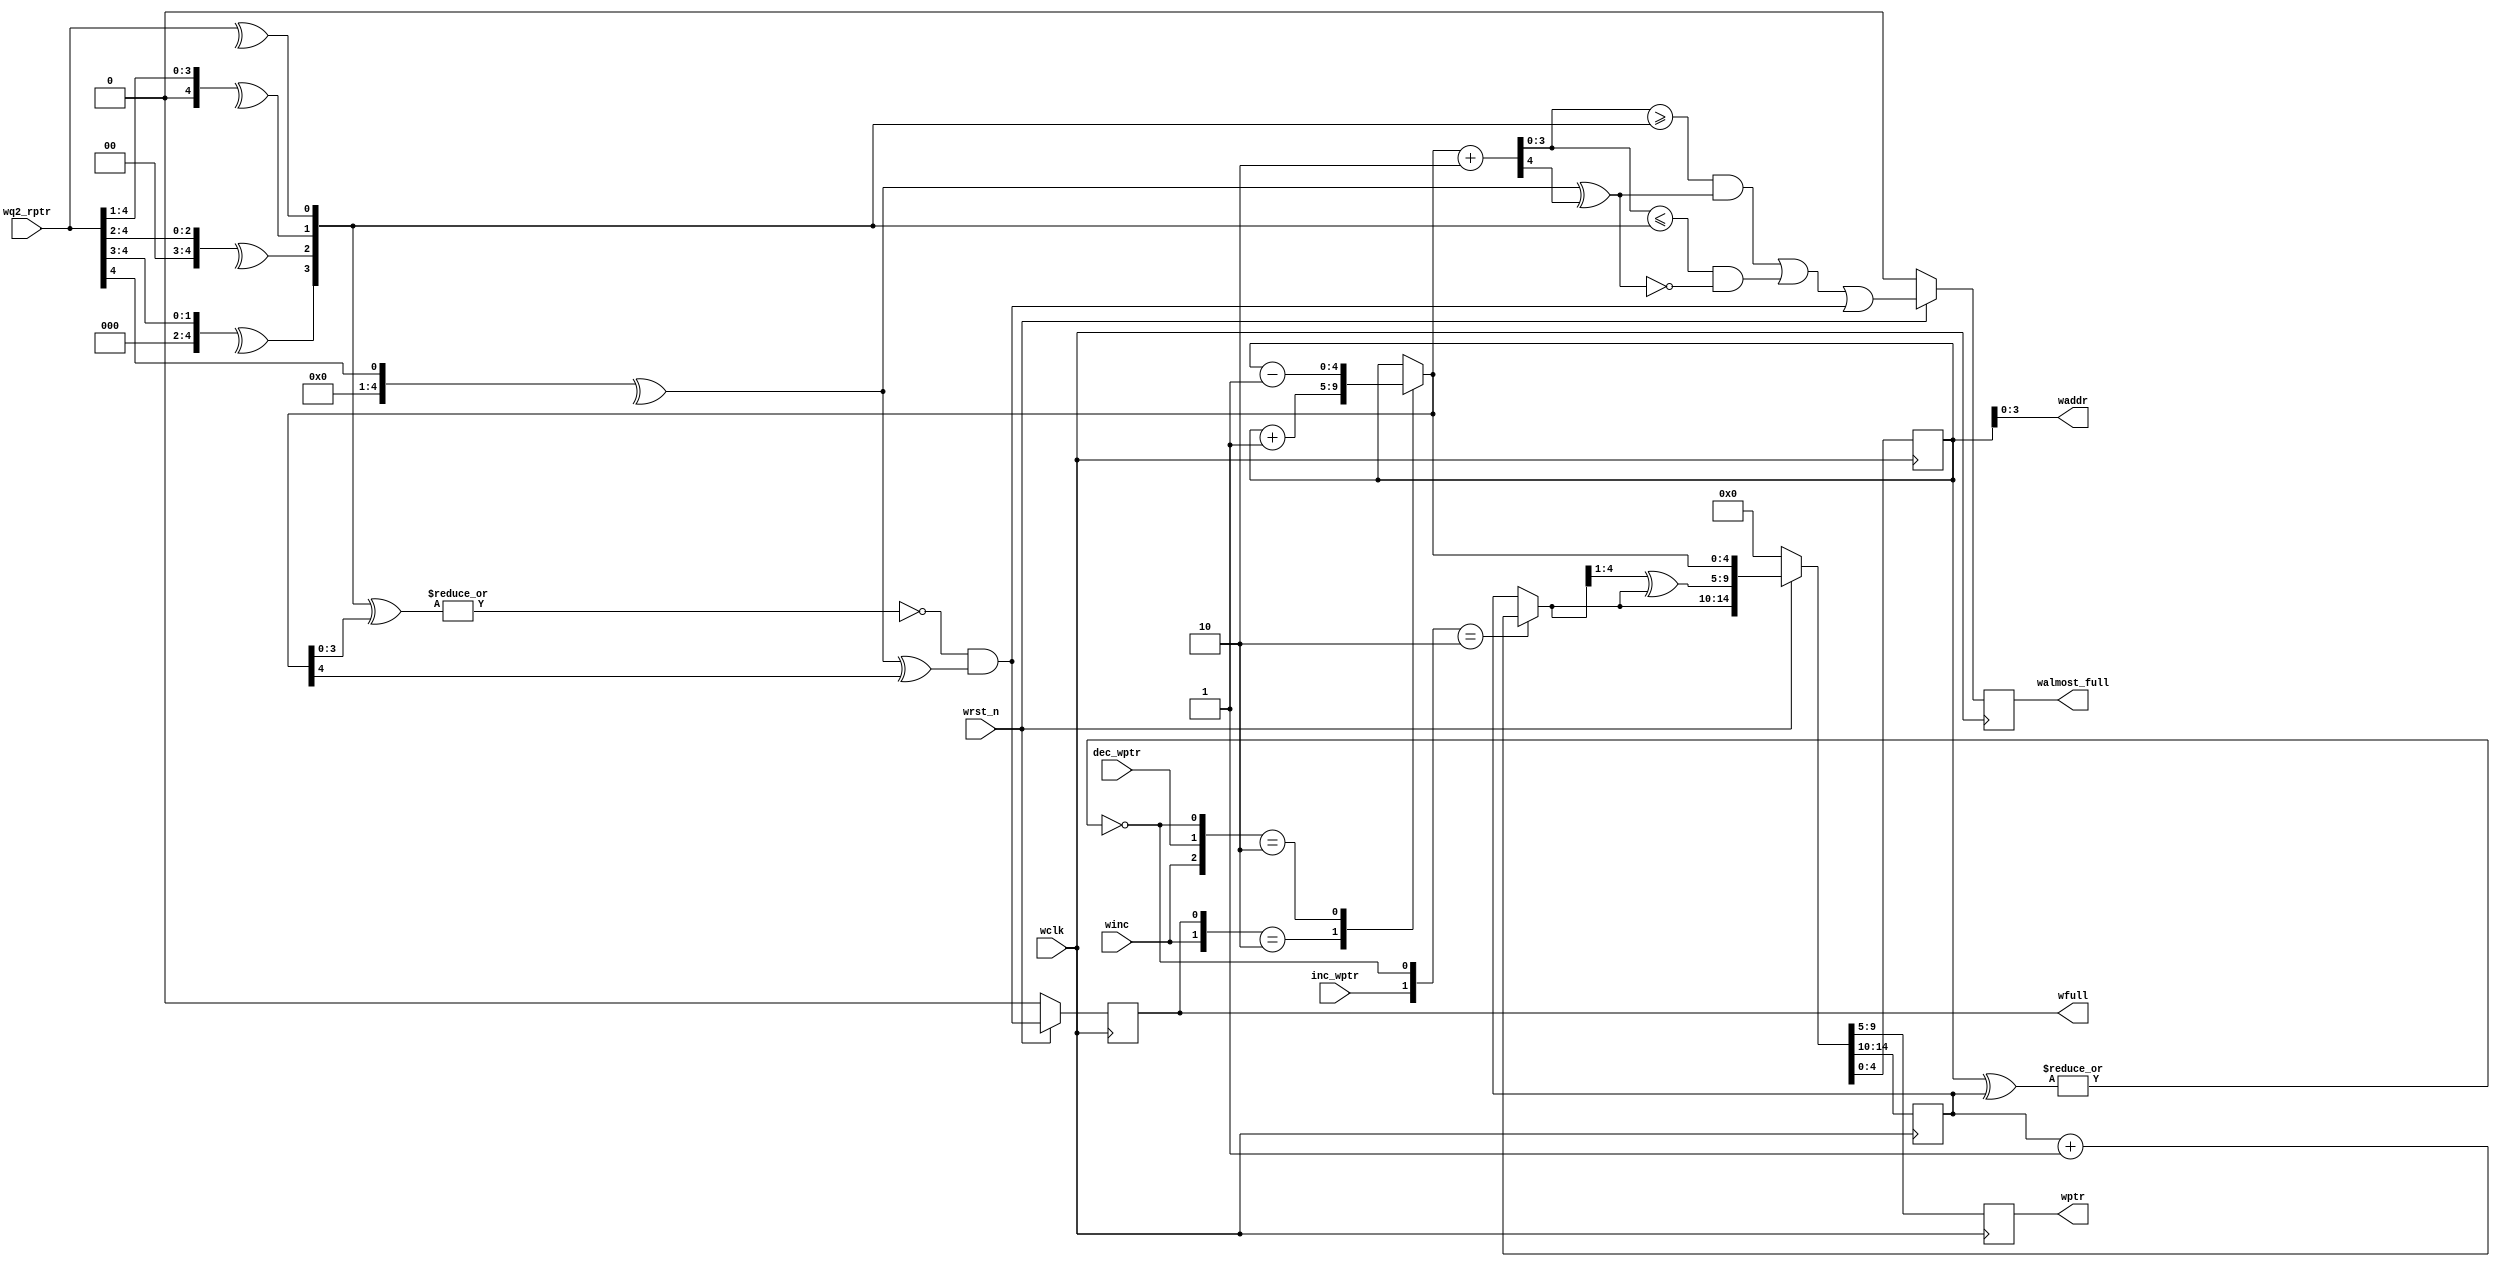
/*
 * Copyright (c) 2017 
 * All rights reserved.
 * 
 * - Computer Architecture Group, University of Heidelberg
 * 		Markus Mueller <markus.mueller@ziti.uni-heidelberg.de>
 * - EXTOLL GmbH
 * 		Mondrian Nueslle <mondrian.nuessle@extoll.de>
 * 
 * This file is confidential and may not be distributed.
 * 
 * Usage granted for the assignments of the "Design Digitaler Schlatkreise" Lecture,
 * ADL Group, University of Karlsruhe (KIT)
 * 
 * For other usages, please contact the Copyright holders for permission.
 *
 * 
 *
 * University of Heidelberg
 * Computer Architecture Group
 * B6 26
 * 68131 Mannheim
 * Germany
 * http://www.ra.ziti.uni-heidelberg.de
 *
 */ 
`default_nettype none

module full_logic_spec_shift_in_1_inc #(
		parameter ASIZE				= 4,
		parameter HANDSHAKE			= 0,
		parameter ALMOST_FULL_THRES	= 2
	) (
		input wire				winc, wclk, wrst_n,
		input wire [ASIZE:0]	wq2_rptr,
		input wire				inc_wptr,
		input wire				dec_wptr,
		output reg				wfull,
		output reg				walmost_full,
		output reg [ASIZE:0]	wptr,
		output wire [ASIZE-1:0]	waddr
	);

	reg [ASIZE:0]				wbin, wbin_next;
	reg [ASIZE:0]				wbin_tmp, wbin_tmp_next;

	wire						no_spec_val;
	wire						wfull_w;
	wire [ASIZE:0]				conv_rptr_w;

	genvar						j;

	// check whether speculative data is present or not
	assign no_spec_val	= ~(|(wbin_tmp ^ wbin));
	assign waddr		= wbin_tmp[ASIZE-1:0];
	// calculate next full value
	assign wfull_w		= ~(|(conv_rptr_w[(ASIZE-1):0] ^ wbin_tmp_next[(ASIZE-1):0])) & (conv_rptr_w[(ASIZE)] ^ wbin_tmp_next[(ASIZE)]);

	generate
		for (j=0; j <= ASIZE; j=j+1)
		begin: convert_gen
			// convert read pointer to binary if necessary
			if (HANDSHAKE)
				assign conv_rptr_w[j] = wq2_rptr[j];
			else
				assign conv_rptr_w[j] = ^(wq2_rptr >> j);	// this can be pipelined if timing is tight
		end

		if (ALMOST_FULL_THRES != 0)
		begin: almost_full_gen
			wire [ASIZE:0]	walmost_full_val;
			wire			walmost_full_w;

			// add almost full threshold to write pointer
			assign walmost_full_val	= wbin_tmp_next + ALMOST_FULL_THRES[ASIZE:0];	// this can be pipelined if timing is tight
			// calculate next almost full signal, if both pointer are in the same round, the WP must be larger, otherwise smaller then the RP
			assign walmost_full_w	= ((walmost_full_val[(ASIZE-1):0] >= conv_rptr_w[(ASIZE-1):0]) & (conv_rptr_w[(ASIZE)] ^ walmost_full_val[(ASIZE)])) |
										((walmost_full_val[(ASIZE-1):0] <= conv_rptr_w[(ASIZE-1):0]) & ~(conv_rptr_w[(ASIZE)] ^ walmost_full_val[(ASIZE)]));

			`ifdef ASYNC_RES
			always @(posedge wclk or negedge wrst_n) `else
			always @(posedge wclk) `endif
			begin
				if (!wrst_n)
					walmost_full	<= 1'b0;
				else
					walmost_full	<= walmost_full_w | wfull_w;
			end
		end
		else
		begin: no_almost_full_gen
			// set almost full to static 0
			`ifdef ASYNC_RES
			always @(posedge wclk or negedge wrst_n) `else
			always @(posedge wclk) `endif
				walmost_full		<= 1'b0;
		end

		if (HANDSHAKE)
		begin: handshake_gen
			`ifdef ASYNC_RES
			always @(posedge wclk or negedge wrst_n) `else
			always @(posedge wclk) `endif
			begin
				if (!wrst_n)
					{wbin, wptr, wbin_tmp} <= {3*(ASIZE+1) {1'b0}};
				else
					{wbin, wptr, wbin_tmp} <= {wbin_next, wbin_next, wbin_tmp_next};
			end
		end
		else
		begin: direct_sync_gen
			wire [ASIZE:0]	wgray_next;

			assign wgray_next		= (wbin_next>>1) ^ wbin_next;

			// convert binary to gray code
			`ifdef ASYNC_RES
			always @(posedge wclk or negedge wrst_n) `else
			always @(posedge wclk) `endif
			begin
				if (!wrst_n)
					{wbin, wptr, wbin_tmp} <= {3*(ASIZE+1) {1'b0}};
				else
					{wbin, wptr, wbin_tmp} <= {wbin_next, wgray_next, wbin_tmp_next};
			end
		end
	endgenerate

	// increment commited pointer by value
	// this pointer is used for empty calculation
	// ATTENTION: GLITCHES IN THE SYNC PROCESS MAY OCCUR IF HANDSHAKE OPTION IS NOT ACTIVATED!!!
	always @( * )
	begin
		case ({inc_wptr, no_spec_val})
			2'b10:		wbin_next = wbin + 1'b1;
			default:	wbin_next = wbin;
		endcase
	end

	// increment/decrement speculative pointer by value
	// this pointer is used for writing and full calculation
	always @( * )
	begin
		// SIMULTANEOUS SHIFT_IN AND DEC IS NOT ALLOWED!
		casex ({winc, dec_wptr, wfull, no_spec_val})
			4'b1x0x:	wbin_tmp_next = wbin_tmp + 1'b1;
			4'b01x0:	wbin_tmp_next = wbin_tmp - 1'b1;
			default:	wbin_tmp_next = wbin_tmp;
		endcase
	end

	// set full signal
	`ifdef ASYNC_RES
	always @(posedge wclk or negedge wrst_n) `else
	always @(posedge wclk) `endif
	begin
		if (!wrst_n)
			wfull <= 1'b0;
		else
			wfull <= wfull_w;
	end

`ifdef CAG_ASSERTIONS
	final
	begin
		write_pointer_not_zero_assert:	assert (wptr == wq2_rptr);
		full_set_assert:				assert (!wfull);
		almost_full_set_assert:			assert (!walmost_full);
	end
`endif

endmodule

`default_nettype wire